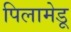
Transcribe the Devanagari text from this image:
पिलामेडू